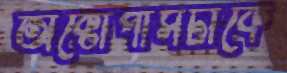
অক্টোপাসটাকে